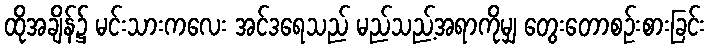
ထိုအချိန်၌ မင်းသားကလေး အင်ဒရေသည် မည်သည့်အရာကိုမျှ တွေးတောစဉ်းစားခြင်း